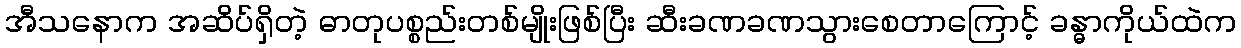
အီသနောက အဆိပ်ရှိတဲ့ ဓာတုပစ္စည်းတစ်မျိုးဖြစ်ပြီး ဆီးခဏခဏသွားစေတာကြောင့် ခန္ဓာကိုယ်ထဲက